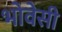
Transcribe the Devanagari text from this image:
भोवेसी